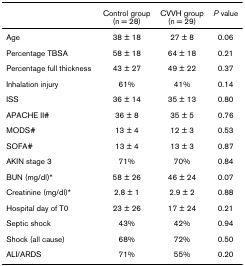
<table><thead><tr><td></td><td><b>Control group(n = 28)</b></td><td><b>CVVH group(n = 29)</b></td><td><b><i>P </i>value</b></td></tr></thead><tbody><tr><td>Age</td><td>38 ± 18</td><td>27 ± 8</td><td>0.06</td></tr><tr><td>Percentage TBSA</td><td>58 ± 18</td><td>64 ± 18</td><td>0.21</td></tr><tr><td>Percentage full thickness</td><td>43 ± 27</td><td>49 ± 22</td><td>0.37</td></tr><tr><td>Inhalation injury</td><td>61%</td><td>41%</td><td>0.14</td></tr><tr><td>ISS</td><td>36 ± 14</td><td>35 ± 13</td><td>0.80</td></tr><tr><td>APACHE II#</td><td>36 ± 8</td><td>35 ± 5</td><td>0.76</td></tr><tr><td>MODS#</td><td>13 ± 4</td><td>12 ± 3</td><td>0.53</td></tr><tr><td>SOFA#</td><td>13 ± 4</td><td>13 ± 3</td><td>0.87</td></tr><tr><td>AKIN stage 3</td><td>71%</td><td>70%</td><td>0.84</td></tr><tr><td>BUN (mg/dl)*</td><td>58 ± 26</td><td>46 ± 24</td><td>0.07</td></tr><tr><td>Creatinine (mg/dl)*</td><td>2.8 ± 1</td><td>2.9 ± 2</td><td>0.88</td></tr><tr><td>Hospital day of T0</td><td>23 ± 26</td><td>17 ± 24</td><td>0.21</td></tr><tr><td>Septic shock</td><td>43%</td><td>42%</td><td>0.94</td></tr><tr><td>Shock (all cause)</td><td>68%</td><td>72%</td><td>0.50</td></tr><tr><td>ALI/ARDS</td><td>71%</td><td>55%</td><td>0.20</td></tr></tbody></table>